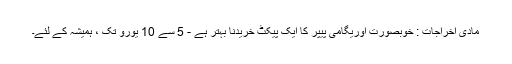
مادی اخراجات : خوبصورت اوریگامی پیپر کا ایک پیکٹ خریدنا بہتر ہے - 5 سے 10 یورو تک ، ہمیشہ کے لئے۔